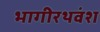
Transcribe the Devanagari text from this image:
भागीरथवंश